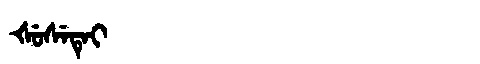
Manchu: ᡧᡠᠰᡝᡨᡝᡳ
Romanization: ŠUSETEI